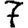
Digit: 7